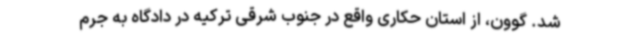
شد. گوون، از استان حکاری واقع در جنوب شرقی ترکیه در دادگاه به جرم